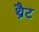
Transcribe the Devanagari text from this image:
थ्रैट